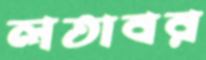
লতাবর